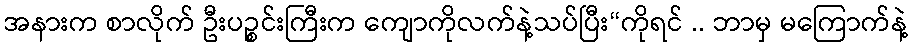
အနားက စာလိုက် ဦးပဉ္စင်းကြီးက ကျောကိုလက်နဲ့သပ်ပြီး“ကိုရင် .. ဘာမှ မကြောက်နဲ့